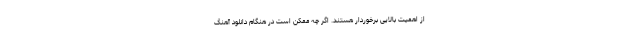
از اهمیت بالایی برخوردار هستند. اگر چه ممکن است در هنگام دانلود آهنگ